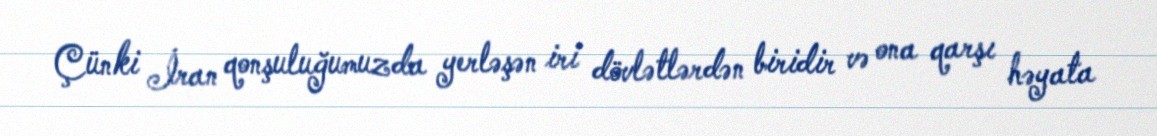
Çünki İran qonşuluğumuzda yerləşən iri dövlətlərdən biridir və ona qarşı həyata